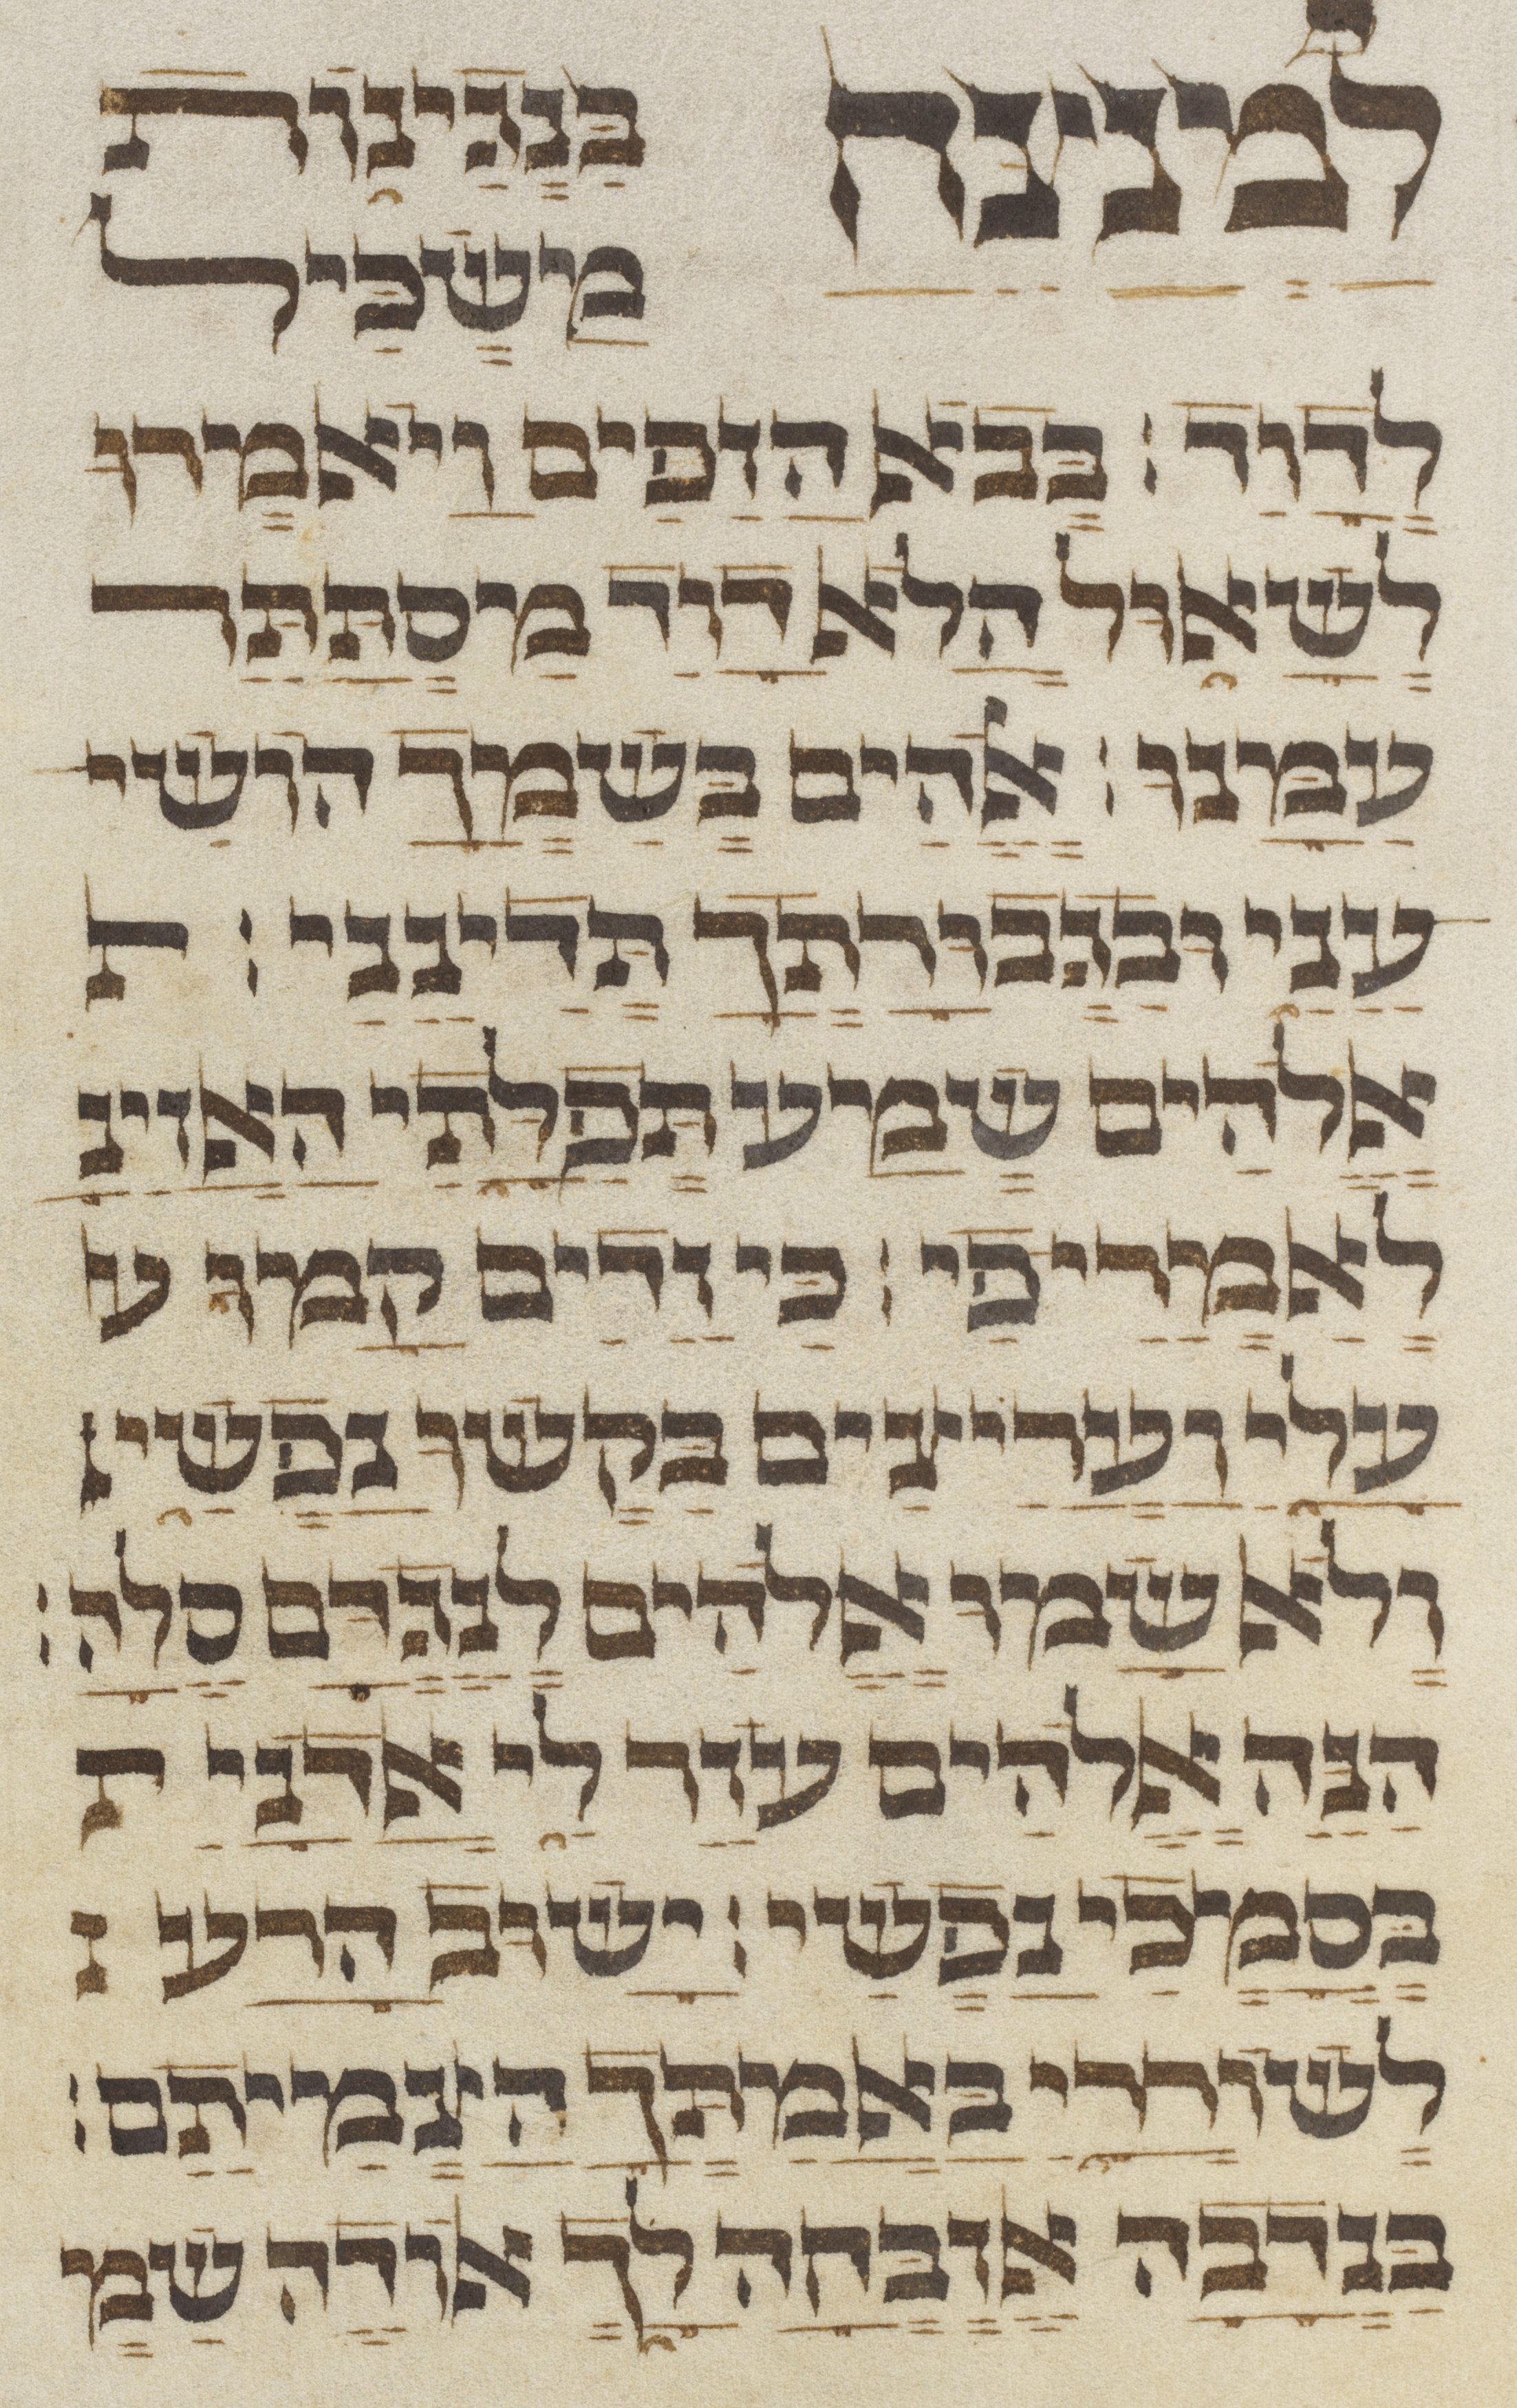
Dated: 1300–1499